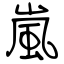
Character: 嵐